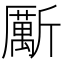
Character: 𱡯